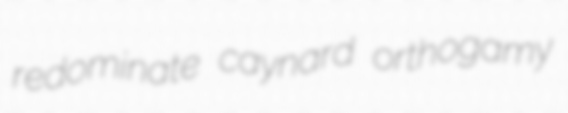
redominate caynard orthogamy